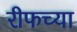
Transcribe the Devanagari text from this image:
रीफच्या